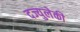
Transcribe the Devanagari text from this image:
दज्युलेकी